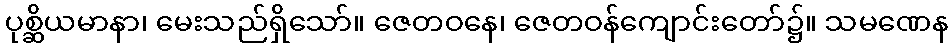
ပုစ္ဆိယမာနာ၊ မေးသည်ရှိသော်။ ဇေတဝနေ၊ ဇေတဝန်ကျောင်းတော်၌။ သမဏေန